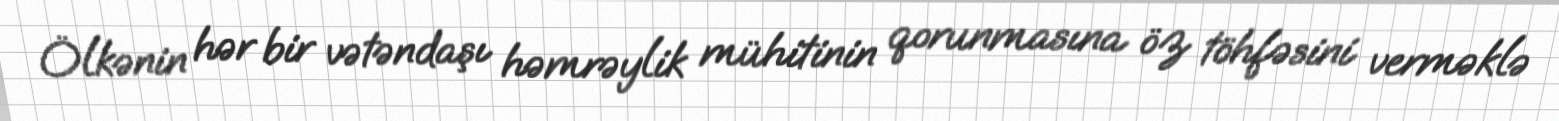
Ölkənin hər bir vətəndaşı həmrəylik mühitinin qorunmasına öz töhfəsini verməklə